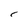
Character: r